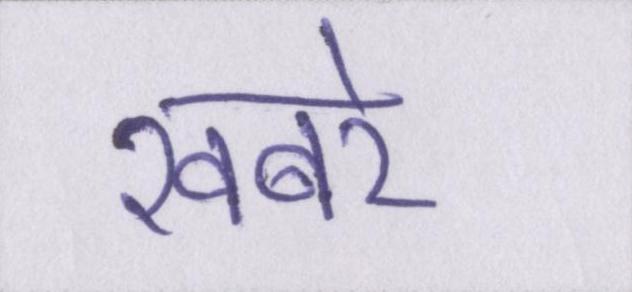
खबरे